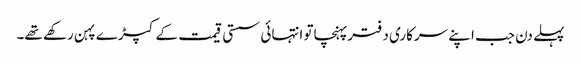
پہلے دن جب اپنے سرکاری دفترپہنچاتو انتہائی سستی قیمت کے کپڑے پہن رکھے تھے۔